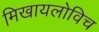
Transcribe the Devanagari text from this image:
मिखायलोविच